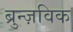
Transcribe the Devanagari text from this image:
ब्रुन्ज़विक